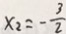
x _ { 2 } = - \frac { 3 } { 2 }